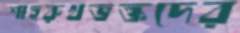
শাহরুখভক্তদের